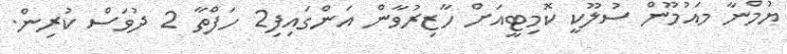
ޔުމްނާ މައުމޫން ސުލޫކީ ކޮމިޓީއަށް ހާޒިރުވާން އަންގައިފި2 ހަފްތާ 2 ދުވަސް ކުރިން.